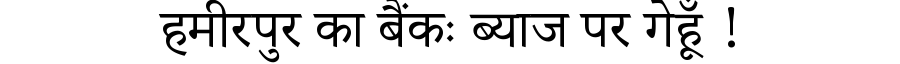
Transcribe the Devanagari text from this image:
हमीरपुर का बैंकः ब्याज पर गेहूँ !